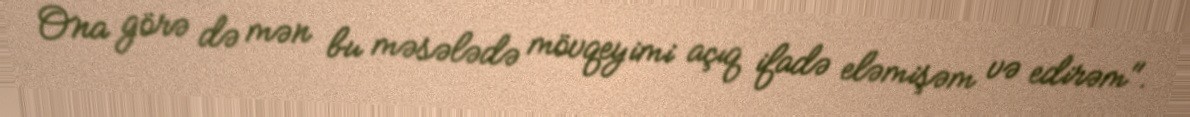
Ona görə də mən bu məsələdə mövqeyimi açıq ifadə eləmişəm və edirəm".